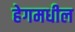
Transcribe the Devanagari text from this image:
हेगमधील